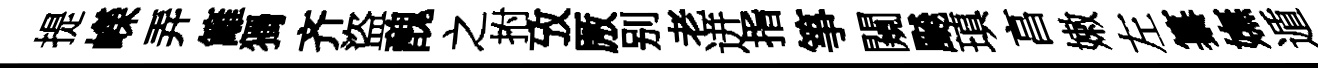
提嶸弄籬獨齐盜醜之拊攷厫别老迸指箏闚飇瑱亯嫩左纂嫵遁